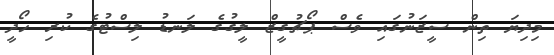
މިދިޔަ ތިން ސީޒަނުގައި ވެސް ޕޯޗުގީޒް ލީގުގެ ލަނޑު ލިސްޓުގެ ކުރި ހޯދީ